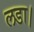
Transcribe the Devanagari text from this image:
लडा।